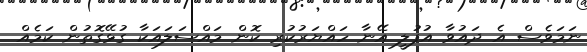
ނަމަވެސް އެ ދައުވާ އުފުލީ އޭނާ ހައްޔަރުކުރި ކޮން މައްސަލައަކާ ގުޅޭގޮތުން ކަމެއް